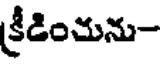
క్రీడించును-